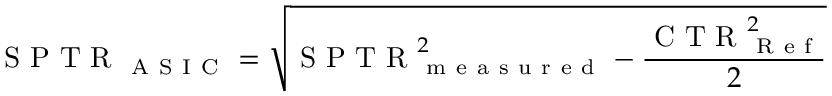
\mathrm { ~ S ~ P ~ T ~ R ~ } _ { \mathrm { ~ A ~ S ~ I ~ C ~ } } = \sqrt { \mathrm { ~ S ~ P ~ T ~ R ~ } _ { \mathrm { ~ m ~ e ~ a ~ s ~ u ~ r ~ e ~ d ~ } } ^ { 2 } - \frac { \mathrm { ~ C ~ T ~ R ~ } _ { \mathrm { ~ R ~ e ~ f ~ } } ^ { 2 } } { 2 } }